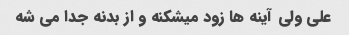
علی ولی آینه ها زود میشکنه و از بدنه جدا می شه